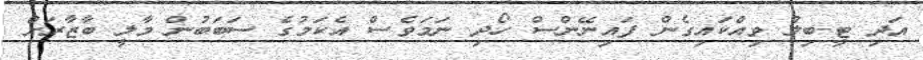
އަދި ޓީ-ބިލް ވިއްކައިގެން ފައިނޭންސް ހޯދި ނަމަވެސް އެކަމުގެ ސަބަބުން މާލީ ބާޒާރަށް